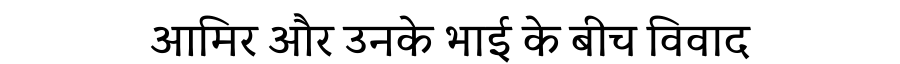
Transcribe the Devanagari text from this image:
आमिर और उनके भाई के बीच विवाद